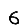
Digit: 6